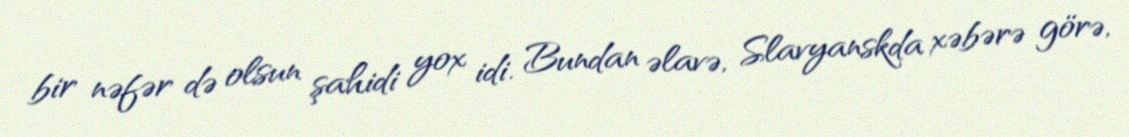
bir nəfər də olsun şahidi yox idi. Bundan əlavə, Slavyanskda xəbərə görə,